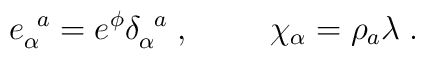
e_{\alpha}^{\;\;a}=e^{\phi}\delta_{\alpha}^{\;\;a}\;,\hspace{1cm}\chi_{\alpha}=\rho_{a}\lambda\;.